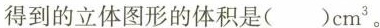
得到的立体图形的体积是()cm^{3}。